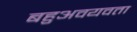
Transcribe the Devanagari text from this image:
बहुअवयवता